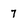
Character: 7